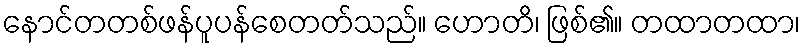
နောင်တတစ်ဖန်ပူပန်စေတတ်သည်။ ဟောတိ၊ ဖြစ်၏။ တထာတထာ၊